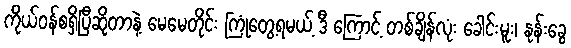
ကိုယ်ဝန်စရှိပြီဆိုတာနဲ့ မေမေတိုင်း ကြုံတွေ့ရမယ့် ဒီ ကြောင့် တစ်ချိန်လုံး ခေါင်းမူး၊ နုန်းခွေ